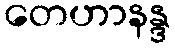
တေဟာနန္ဒ